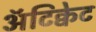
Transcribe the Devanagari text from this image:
अॅटिक्वेट